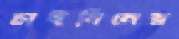
চাইনিনের